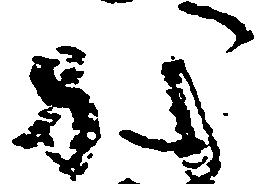
か